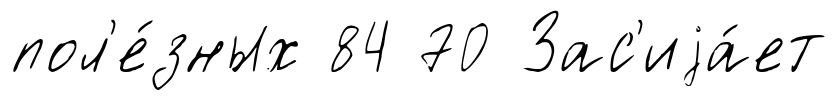
пол'е́зных 84 70 Зас'иjа́ет